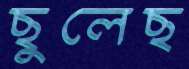
ছুলেছ